Report on the administration of the Government Cinchona Department 1892-98
Year: 1892
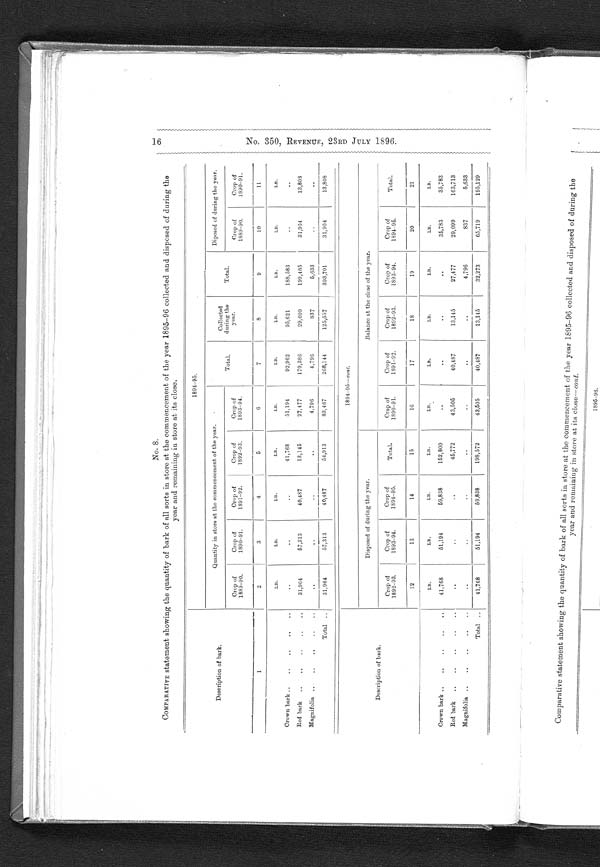
LB.
41,768
•
LB.
13,145
13,145
LII.
27,477
4,796
32,273
LII.
35,783
29,091
83 7
65,71929,099
No. 8.
COMPARATIVE statement showing the quantity of bark of all sorts in store at the commencement of the year 1895-96 collected and disposed
of year and remaining in store at its close.
Description of bark.
1894-95.
Quantity in store at the commencement of the year.
Total.
Collected
during the
year.
Total.
Diposed c f during the year.
Crop of
1889-90.
2
Crop of
1890-91.
3
Crop of
1891-92.
Crop of
Crop of
1892-93.
1893-94.
Crop of
1889-90
Crop of
1890-91.
1
4
5
6
7
8
9
10
11
LI!.
LB.
LII.
LB.
LB.
LB.
LB.
LB.
LB.
LB.
Crown bark ..
41,768
51,194
92,962
95,621
188,583
Red bark
..
31,964
57,313
40,487
13,145
27,477
170,386
29,099
199,485
31,964
13,808
Alagnifolia .
4,796
4,796
837
5,633
Total ..
31,964
57,313
40,487
54,913
83,467
268,144
125,557
393,701
31,964
13,808
1894-95- -ont.
Balance at the close of the year.
Disposed of during the year.
Description of bark.
Crop of
1892-93.
Crop of
1893-94.
Crop of
1894-95.
Total.
Crop of
1890-91.
Crop of
1891-92.
Crop of
1892-93.
Crop of
1893-94.
Crop o
1894 91
cip
Total.
12
13
14
15
16
17
18
19
20
21
41,768
51,194
59,838
40,487
LIt.
35,783
163,713
5,633
1
195,129
Crown bark ..
Red bark ..
Magnifolia .
Total • ,
LB.
51,191
Lli.
69,838
LIL
162,800
45,772
198,572
LB._
43,506
43,505
LB.
40,487
•=z;-•. -1,